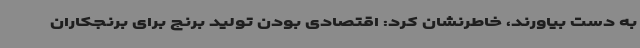
به دست بیاورند، خاطرنشان کرد: اقتصادی بودن تولید برنج برای برنجکاران